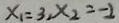
x _ { 1 } = 3 , x _ { 2 } = - 2